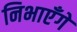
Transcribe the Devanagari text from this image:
निभाएँगे